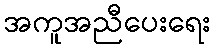
အကူအညီပေးရေး